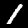
Digit: 1